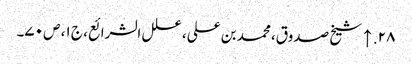
۲۸. ↑ شیخ صدوق، محمد بن علی، علل الشرائع، ج ۱، ص ۷۰۔